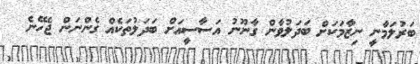
ބަރުލަމާނީ ނިޒާމަކަށް ބަދަލުވާން ގާނޫނު އަސާސީއަށް ބަދަލުތަކެއް ގެންނަން ޖެހޭނެ